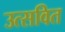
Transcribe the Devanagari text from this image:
उत्सवित